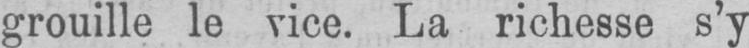
grouille le vice. La richesse s’y